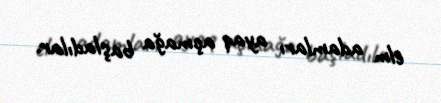
elm adamları ayaq açmağa başladılar.